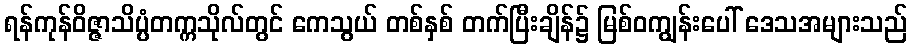
ရန်ကုန်ဝိဇ္ဇာသိပ္ပံတက္ကသိုလ်တွင် ကေသွယ် တစ်နှစ် တက်ပြီးချိန်၌ မြစ်ဝကျွန်းပေါ် ဒေသအများသည်